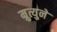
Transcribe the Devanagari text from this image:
म्रुत्युने